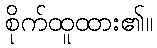
စိုက်ထူထား၏။